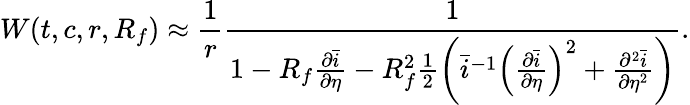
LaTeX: W(t,c,r,R_{f})\approx\frac{1}{r}\frac{1}{1-R_{f}\frac{\partial\bar{i}}{\partial\eta}-R_{f}^{2}\frac{1}{2}\left(\bar{i}^{-1}\left(\frac{\partial\bar{i}}{\partial\eta}\right)^{2}+\frac{\partial^{2}\bar{i}}{\partial\eta^{2}}\right)}.